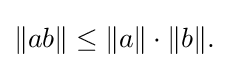
\displaystyle {\|ab\|\leq \|a\|\cdot \|b\|.}